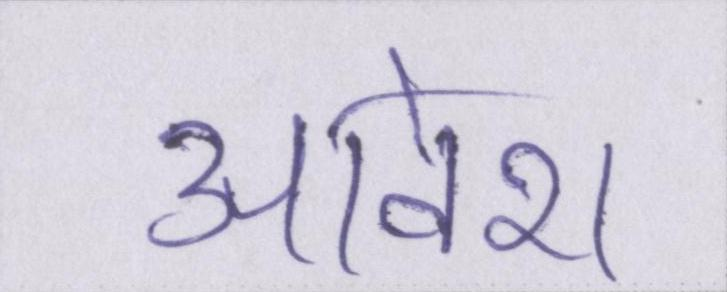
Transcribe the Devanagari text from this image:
आवेश